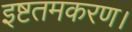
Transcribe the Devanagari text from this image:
इष्टतमकरण।